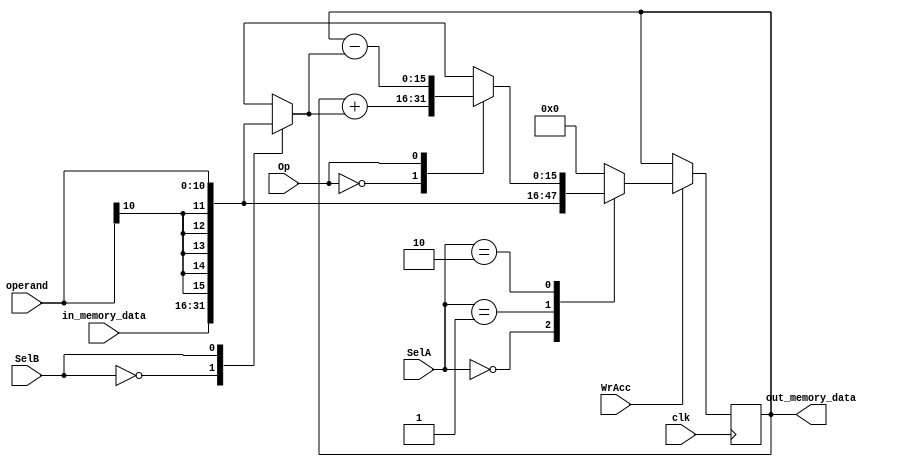
`timescale 1ns / 1ps

module Datapath(
		input clk,
		input [1:0] SelA,
		input SelB,
		input WrAcc,
		input Op,
		input [10:0] operand,
		input [15:0] in_memory_data,
		output reg [15:0] out_memory_data
    );
	 
	 reg [15:0] ACC;
	 reg [15:0] extended_operand;
	 reg [15:0] out_SelA;
	 reg [15:0] out_SelB;
	 reg [15:0] Op_result;
	 integer i;
	 
	 //signal extension
	 always@*
	 begin
		extended_operand[10:0] <= operand;
		for(i = 0; i<5; i=i+1)
			extended_operand[i+11] <= operand[10];
	 end
	 
	 //Multiplexor A
	 always@*
	 begin
		case(SelA)
			0: out_SelA <= in_memory_data;
			1: out_SelA <= extended_operand;
			2: out_SelA <= Op_result;
			default: out_SelA <= 0;
		endcase
	 end
	 
	 //Multiplexor B
	 always@*
	 begin
		case(SelB)
			0: out_SelB <= in_memory_data;
			1: out_SelB <= extended_operand;
			default: out_SelB <= 0;
		endcase
	 end
	 
	 //Sumador/Restador
	 always@*
	 begin
		case(Op)
			0: Op_result <= ACC + out_SelB;
			1: Op_result <= ACC - out_SelB;
			default: Op_result <= ACC + out_SelB;

		endcase
	 end
	 
	 //sincronismo del ACC
	 always@(posedge clk)
	 begin
		if(WrAcc) ACC <= out_SelA;
	 end
	 
	 
	 //outs
	 always@*
	 begin
		out_memory_data <= ACC;
	 end


endmodule